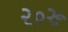
૨૦રૂ